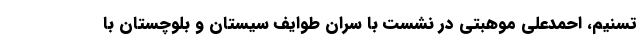
تسنیم، احمدعلی موهبتی ‌در نشست با سران طوایف سیستان و بلوچستان با